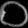
Digit: ၀